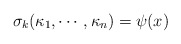
\begin{align*}\sigma_k(\kappa_1, \cdots, \kappa_n)=\psi(x)\end{align*}